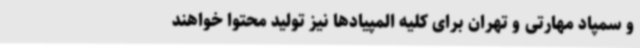
و سمپاد مهارتی و تهران برای کلیه المپیادها نیز تولید محتوا خواهند